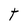
Character: T